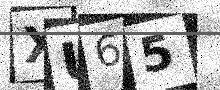
Text: XU65